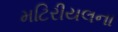
મટિરીયલના